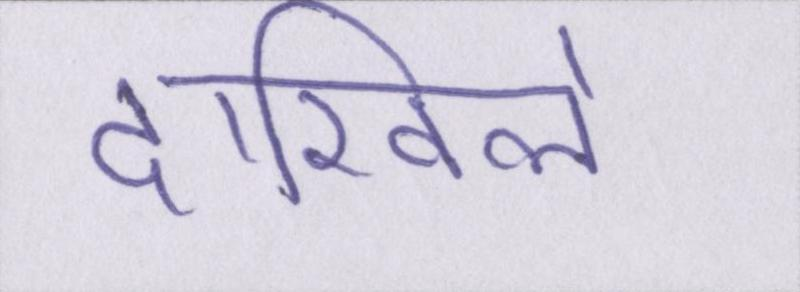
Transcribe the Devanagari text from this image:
दाखिले